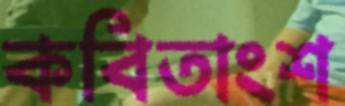
কবিতাংশ